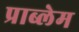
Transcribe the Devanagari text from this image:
प्राब्लेम